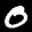
Label: 0